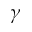
\gamma